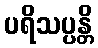
ပရိသပ္ပန္တိ